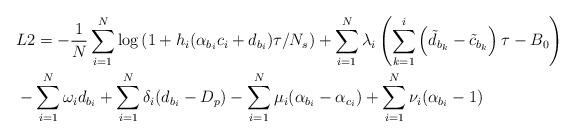
LaTeX: \begin{align*}&L2=-\frac{1}{N}\sum_{i=1}^{N}\log\left(1+h_i(\alpha_{b_i}c_i+d_{b_i})\tau/N_s\right)+\sum_{i=1}^{N}\lambda_i\left(\sum_{k=1}^{i}\left(\tilde{d}_{b_k}-\tilde{c}_{b_k}\right)\tau-B_0\right) \\& -\sum_{i=1}^{N}\omega_id_{b_i}+\sum_{i=1}^{N}\delta_i(d_{b_i}-D_p)-\sum_{i=1}^{N}\mu_i(\alpha_{b_i}-\alpha_{c_i})+\sum_{i=1}^{N}\nu_i(\alpha_{b_i}-1)\end{align*}